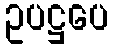
ဥပဋ္ဌပေ